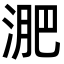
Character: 淝